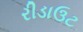
રીડાઉટ